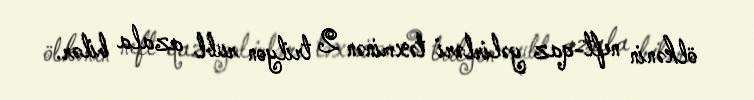
ölkənin neft-qaz gəlirləri təxminən 2 trilyon rubl azala bilər.